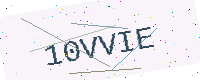
Text: 10VVIE